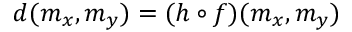
d ( m _ { x } , m _ { y } ) = ( h \circ f ) ( m _ { x } , m _ { y } )